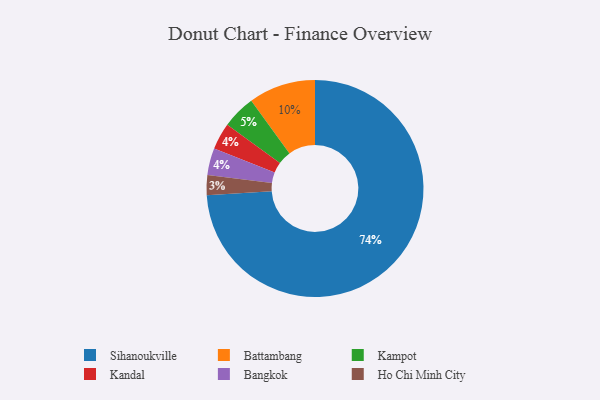
{"axis": {"x": "Category", "y": "Percentage"}, "legend": ["Bangkok", "Battambang", "Ho Chi Minh City", "Kampot", "Kandal", "Sihanoukville"], "data": [{"x": "Kampot", "y": 5, "type": "Kampot"}, {"x": "Kandal", "y": 4, "type": "Kandal"}, {"x": "Ho Chi Minh City", "y": 3, "type": "Ho Chi Minh City"}, {"x": "Sihanoukville", "y": 74, "type": "Sihanoukville"}, {"x": "Bangkok", "y": 4, "type": "Bangkok"}, {"x": "Battambang", "y": 10, "type": "Battambang"}]}